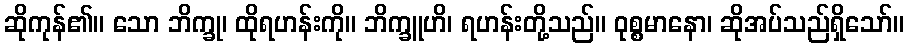
ဆိုကုန်၏။ သော ဘိက္ခု၊ ထိုရဟန်းကို။ ဘိက္ခူဟိ၊ ရဟန်းတို့သည်။ ဝုစ္စမာနော၊ ဆိုအပ်သည်ရှိသော်။